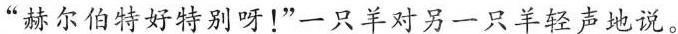
”赫尔伯特好特别呀！”一只羊对另一只羊轻声地说。